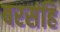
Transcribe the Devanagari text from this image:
बरसंहि